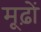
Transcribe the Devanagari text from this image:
मूढ़ों